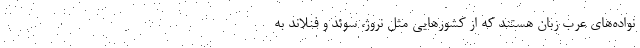
نواده‌های عرب زبان هستند که از کشور‌هایی مثل نروژ، سوئد و فنلاند به